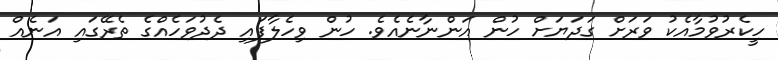
ހީކެރުވުމާއެކު ވަރަށް ގަދަޔަށް ހުން އަންނާނެއެވެ. ހުން ވިހެލާފައި ދެދުވަހެއްގެ ތެރޭގައި އަނެއް